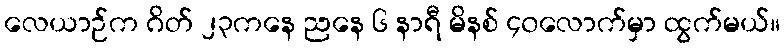
လေယာဉ်က ဂိတ် ၂၃ကနေ ညနေ ၆ နာရီ မိနစ် ၄၀လောက်မှာ ထွက်မယ်။